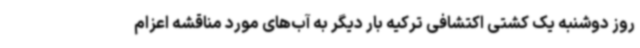
روز دوشنبه یک کشتی اکتشافی ترکیه بار دیگر به آب‌های مورد مناقشه اعزام